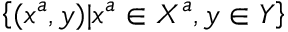
\left\{ ( x ^ { a } , y ) | x ^ { a } \in X ^ { a } , y \in Y \right\}